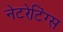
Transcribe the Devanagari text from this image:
नेटरेटिंग्स